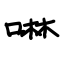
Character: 啉